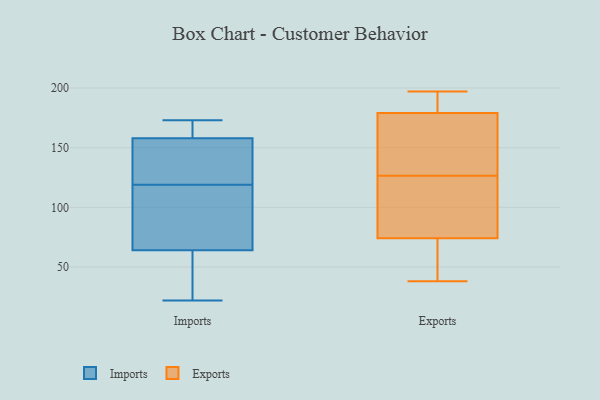
{"axis": {"x": "Shipments", "y": "Value"}, "legend": ["Exports", "Imports"], "data": [{"x": "", "y": 22, "type": "Imports"}, {"x": "", "y": 172, "type": "Imports"}, {"x": "", "y": 119, "type": "Imports"}, {"x": "", "y": 106, "type": "Imports"}, {"x": "", "y": 140, "type": "Imports"}, {"x": "", "y": 119, "type": "Imports"}, {"x": "", "y": 173, "type": "Imports"}, {"x": "", "y": 64, "type": "Imports"}, {"x": "", "y": 158, "type": "Imports"}, {"x": "", "y": 53, "type": "Imports"}, {"x": "", "y": 26, "type": "Imports"}, {"x": "", "y": 67, "type": "Imports"}, {"x": "", "y": 122, "type": "Imports"}, {"x": "", "y": 162, "type": "Imports"}, {"x": "", "y": 138, "type": "Exports"}, {"x": "", "y": 128, "type": "Exports"}, {"x": "", "y": 197, "type": "Exports"}, {"x": "", "y": 46, "type": "Exports"}, {"x": "", "y": 192, "type": "Exports"}, {"x": "", "y": 72, "type": "Exports"}, {"x": "", "y": 125, "type": "Exports"}, {"x": "", "y": 186, "type": "Exports"}, {"x": "", "y": 191, "type": "Exports"}, {"x": "", "y": 162, "type": "Exports"}, {"x": "", "y": 57, "type": "Exports"}, {"x": "", "y": 118, "type": "Exports"}, {"x": "", "y": 172, "type": "Exports"}, {"x": "", "y": 38, "type": "Exports"}, {"x": "", "y": 82, "type": "Exports"}, {"x": "", "y": 76, "type": "Exports"}]}